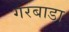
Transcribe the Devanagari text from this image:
गरबाडा